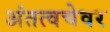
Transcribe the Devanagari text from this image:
अंतत्वचेवर